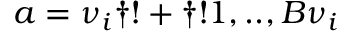
a = \nu _ { i } \dag ! + \dag ! 1 , . . , B \nu _ { i }